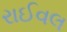
રાઈવલ